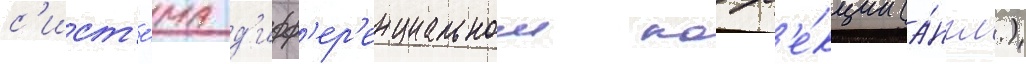
с'ист'е́ма д'ифф'ер'енциальнои корр'е́кции (а́нгл.)